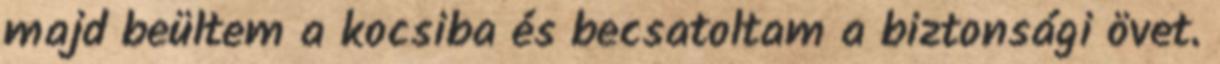
majd beültem a kocsiba és becsatoltam a biztonsági övet.